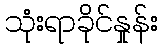
သုံးရာခိုင်နှုန်း